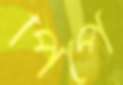
পিঁপে